Report of the King Institute of Preventive Medicine, Guindy
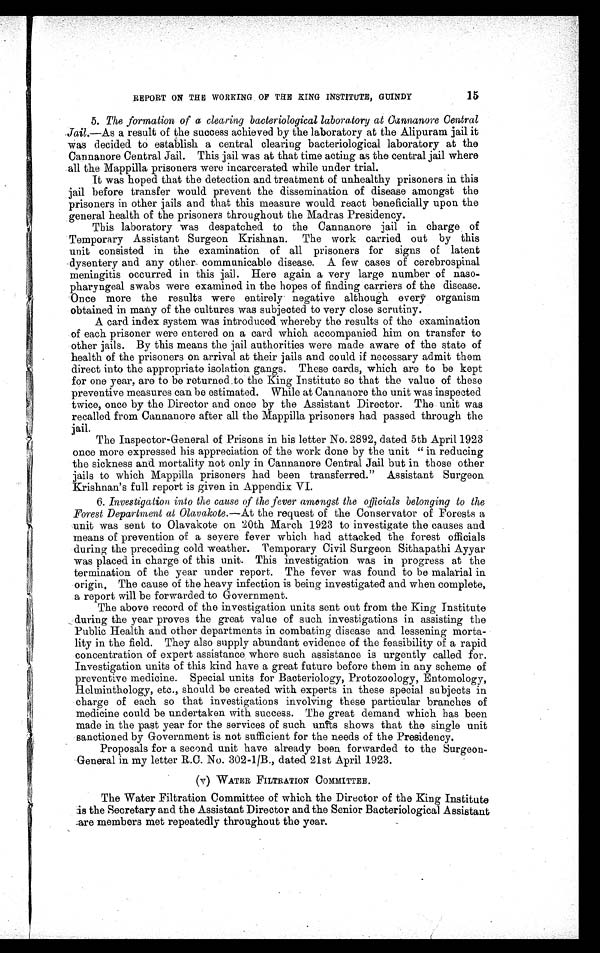
15
REPORT ON THE WORKING OF THE KING INSTITUTE, GUINDY
5. The formation of a clearing bacteriological laboratory at Cannanore Central
Jail.—As a result of the success achieved by the laboratory at the Alipuram jail it
was decided to establish a central clearing bacteriological laboratory at the
Cannanore Central Jail. This jail was at that time acting as the central jail where
all the Mappilla prisoners were incarcerated while under trial.
It was hoped that the detection and treatment of unhealthy prisoners in this
j a i l b e f o r e t r a n s f e r w o u l d p r e v e n t t h e d i s s e m i n a t i o n o f d i s e a s e a m o n g s t t h e
prisoners in other jails and that this measure would react beneficially upon the
general health of the prisoners throughout the Madras Presidency.
This laboratory was despatched to the Cannanore jail in charge of
Temporary Assistant Surgeon Krishnan. The work carried out by this
unit consisted in the examination of all prisoners for signs of latent
dysentery and any other communicable disease. A few cases of cerebrospinal
meningitis occurred in this jail. Here again a very large number of naso
- p h a r y n g e a l s w a b s w e r e e x a m i n e d i n t h e h o p e s o f f i n d i n g c a r r i e r s o f t h e d i s e a s e .
Once more the results were entirely negative although every organism
obtained in many of the cultures was subjected to very close scrutiny.
A card index system was introduced whereby the results of the examination
of each prisoner were entered on a card which accompanied him on transfer to
other jails. By this means the jail authorities were made aware of the state of
health of the prisoners on arrival at their jails and could if necessary admit them
direct into the appropriate isolation gangs. These cards, which are to be kept
for one year, are to be returned to the King Institute so that the value of these
preventive measures can be estimated. While at Cannanore the unit was inspected
twice, once by the Director and once by the Assistant Director. The unit was
recalled from Cannanore after all the Mappilla prisoners had passed through the
jail.
The Inspector-General of Prisons in his letter No. 2892, dated 5th April 1923
once more expressed his appreciation of the work done by the unit "in reducing
the sickness and mortality not only in Cannanore Central Jail but in those other
jails to which Mappilla prisoners had been transferred." Assistant Surgeon
Krishnan's full report is given in Appendix VI.
6. Investigation into the cause of the fever amongst the officials belonging to the
Forest Department at Olavakote .—At the request of the Conservator of Forests a
unit was sent to Olavakote on 20th March 1923 to investigate the causes and
means of prevention of a severe fever which had attacked the forest officials
during the preceding cold weather. Temporary Civil Surgeon Sithapathi Ayyar
was placed in charge of this unit. This investigation was in progress at the
termination of the year under report. The fever was found to be malarial in
origin. The cause of the heavy infection is being investigated and when complete,
a report will be forwarded to Government.
The above record of the investigation units sent out from the King Institute
during the year proves the great value of such investigations in assisting the
Public Health and other departments in combating disease and lessening morta
- l i t y i n t h e f i e l d . T h e y a l s o s u p p l y a b u n d a n t e v i d e n c e o f t h e f e a s i b i l i t y o f a r a p i d
concentration of expert assistance where such assistance is urgently called for.
Investigation units of this kind have a great future before them in any scheme of
preventive medicine. Special units for Bacteriology, Protozoology, Entomology,
Helminthology, etc., should be created with experts in these special subjects in
charge of each so that investigations involving these particular branches of
medicine could be undertaken with success. The great demand which has been
made in the past year for the services of such units shows that the single unit
sanctioned by Government is not sufficient for the needs of the Presidency.
Proposals for a second unit have already been forwarded to the Surgeon
- G e n e r a l i n m y l e t t e r R . C . N o . 3 0 2 - 1 / B . , d a t e d 2 1 s t A p r i l 1 9 2 3 .
(v) WATER FILTRATION COMMITTEE.
The Water Filtration Committee of which the Director of the King Institute
is the Secretary and the Assistant Director and the Senior Bacteriological Assistant
are members met repeatedly throughout the year.